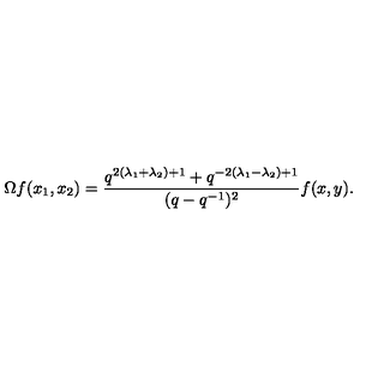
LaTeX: \Omega f ( x _ { 1 } , x _ { 2 } ) = \frac { q ^ { 2 ( \lambda _ { 1 } + \lambda _ { 2 } ) + 1 } + q ^ { - 2 ( \lambda _ { 1 } - \lambda _ { 2 } ) + 1 } } { ( q - q ^ { - 1 } ) ^ { 2 } } f ( x , y ) .